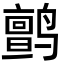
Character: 鹯